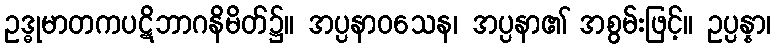
ဥဒ္ဓုမာတကပဋိဘာဂနိမိတ်၌။ အပ္ပနာဝသေန၊ အပ္ပနာ၏ အစွမ်းဖြင့်။ ဥပ္ပန္နာ၊